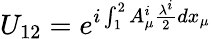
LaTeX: U_{12}=e^{i\int_{1}^{2}A_{\mu}^{i}{\frac{\lambda^{i}}{2}}dx_{\mu}}